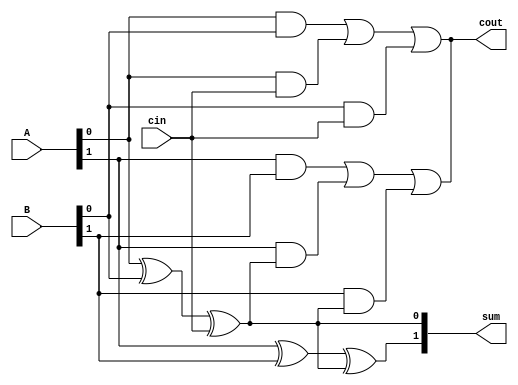
module ManchesterCarryChainAdder (
    input [7:0] A,
    input [7:0] B,
    input cin,
    output [7:0] sum,
    output cout
);

// Stage 0
assign sum[0] = A[0] ^ B[0] ^ cin;
assign cout = (A[0] & B[0]) | (A[0] & cin) | (B[0] & cin);

// Stage 1
assign sum[1] = A[1] ^ B[1] ^ sum[0];
assign cout = (A[1] & B[1]) | (A[1] & sum[0]) | (B[1] & sum[0]);

// Continue with the remaining stages

endmodule